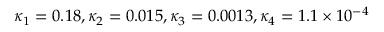
\kappa _ { 1 } = 0 . 1 8 , \kappa _ { 2 } = 0 . 0 1 5 , \kappa _ { 3 } = 0 . 0 0 1 3 , \kappa _ { 4 } = 1 . 1 \times 1 0 ^ { - 4 }